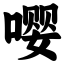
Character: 嘤